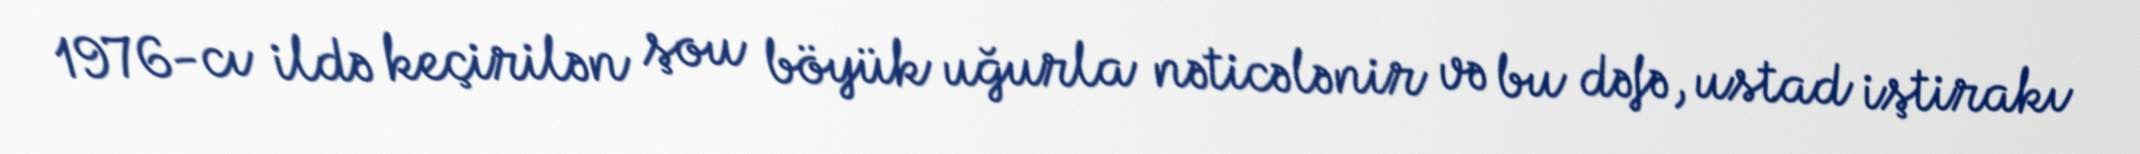
1976-cı ildə keçirilən şou böyük uğurla nəticələnir və bu dəfə, ustad iştirakı